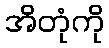
အိတုံကို